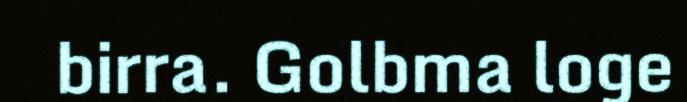
birra. Golbma loge